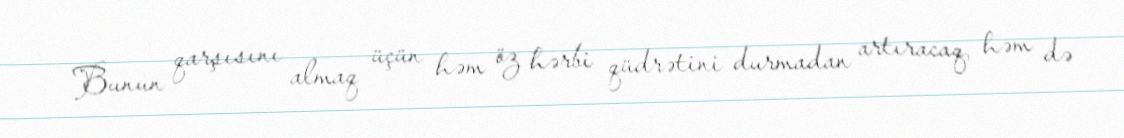
Bunun qarşısını almaq üçün həm öz hərbi qüdrətini durmadan artıracaq, həm də